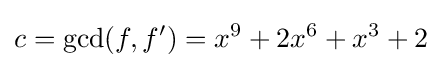
c=\gcd(f,f')=x^{9}+2x^{6}+x^{3}+2